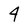
Character: 4